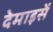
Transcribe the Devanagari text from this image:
देमाइसें